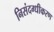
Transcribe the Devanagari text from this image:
निसंदग्धीकरण